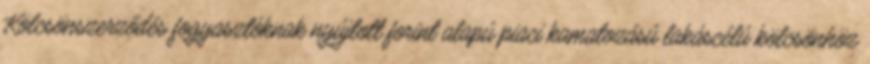
Kölcsönszerződés fogyasztóknak nyújtott forint alapú piaci kamatozású lakáscélú kölcsönhöz